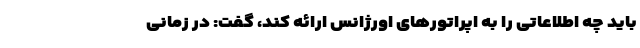
باید چه اطلاعاتی را به اپراتور‌های اورژانس ارائه کند، گفت: در زمانی